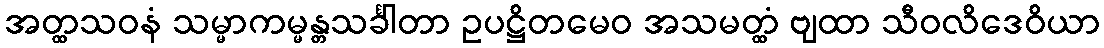
အတ္ထသဝနံ သမ္မာကမ္မန္တသင်္ခါတာ ဥပဋ္ဌိတမေဝ အသမတ္ထံ ဗျထာ သီဝလိဒေဝိယာ